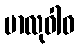
မာလုဝါဝ